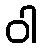
ဝါ